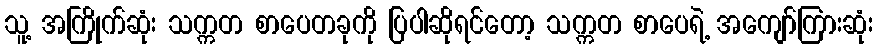
သူ့ အကြိုက်ဆုံး သက္ကတ စာပေတခုကို ပြပါဆိုရင်တော့ သက္ကတ စာပေရဲ့ အကျော်ကြားဆုံး